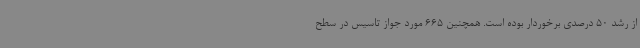
از رشد 50 درصدی برخوردار بوده است. همچنین 665 مورد جواز تاسیس در سطح